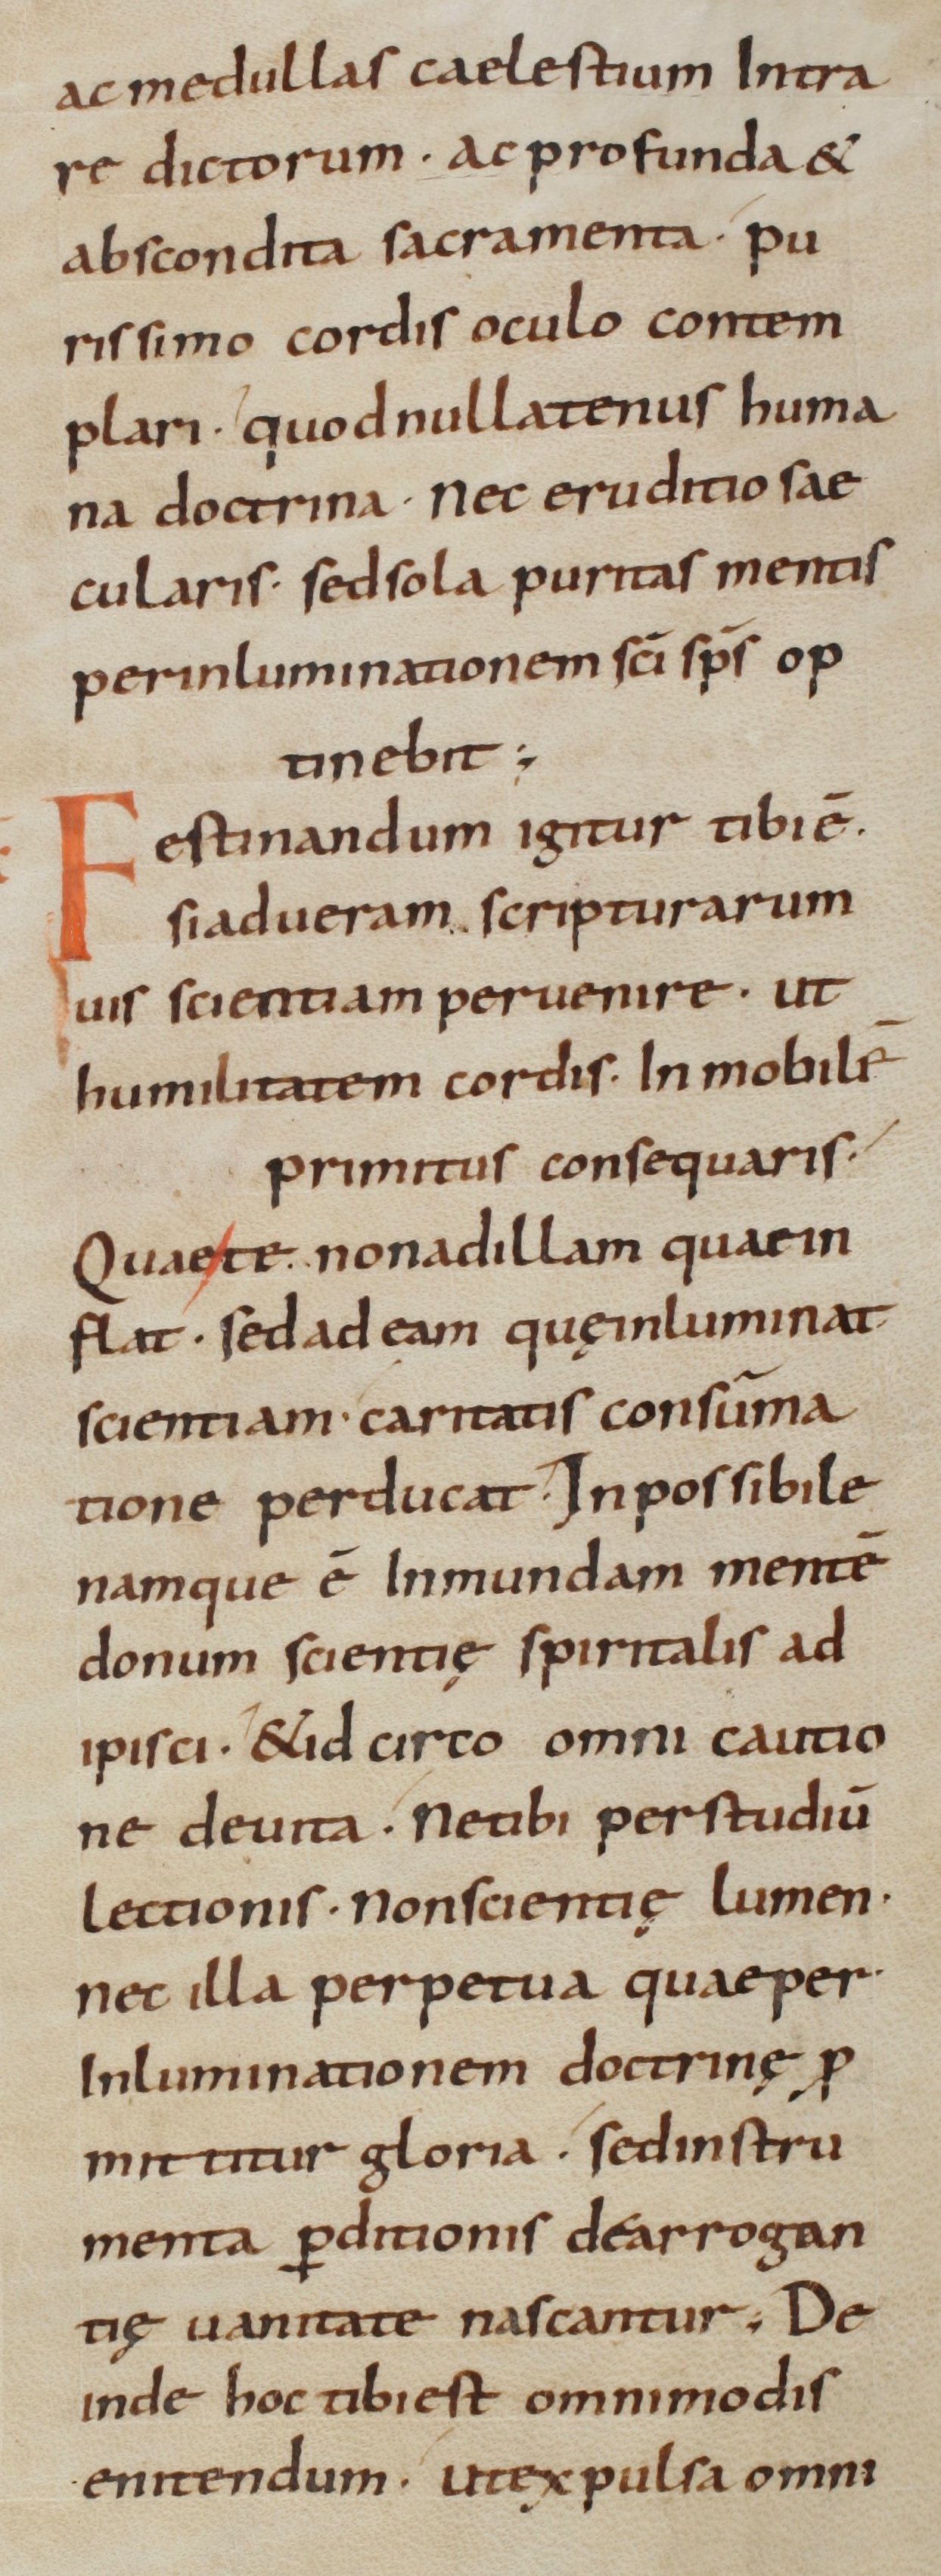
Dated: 800–899